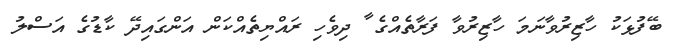
ބޭފުޅަކު ހާޒިރުވާނަމަ ހާޒިރުވާ ފަރާތެއްގެ ާ ދިވެހި ރައްޔިތެއްކަން އަންގައިދޭ ކާޑުގެ އަސްލު